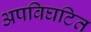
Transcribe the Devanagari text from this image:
अपविघटित